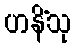
ဟနိံသု